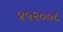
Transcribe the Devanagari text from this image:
४५२००८